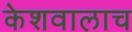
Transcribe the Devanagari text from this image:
केशवालाच